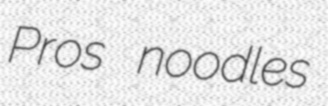
Pros noodles